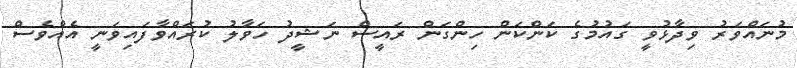
މުނައްވަރު ވިދާޅުވީ ގައުމުގެ ކަންކަން ހިންގަން ރައީސް ނަޝީދު ހަވާލު ކުރައްވާފައިވަނީ އެއްވެސް